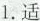
1.适